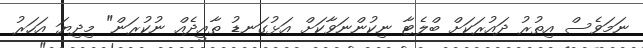
ނަމަވެސް އިތުރު ދައުރަކަށް ބްލެޓާ ނިކުންނަވާކަށް އަޅުގަނޑު ތާއީދެއް ނުކުރަން" މިދިޔަ އަހަރު